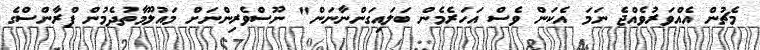
މެޗުން އެއްވަރުވެއްޖެ ނަމަ އެކަން ވެސް އަހަރެމެން ބަލައިގަންނާނަން" ނޫސްވެރިންނަށް މައުލޫމާތުދެމުން ފްރާންސްގެ